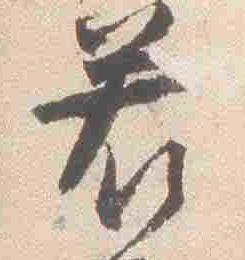
若